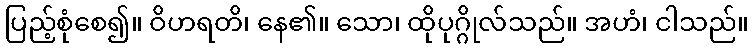
ပြည့်စုံစေ၍။ ဝိဟရတိ၊ နေ၏။ သော၊ ထိုပုဂ္ဂိုလ်သည်။ အဟံ၊ ငါသည်။